Annual report on the working of the mental hospitals in the Madras Presidency - 1912-1932
Year: 1912
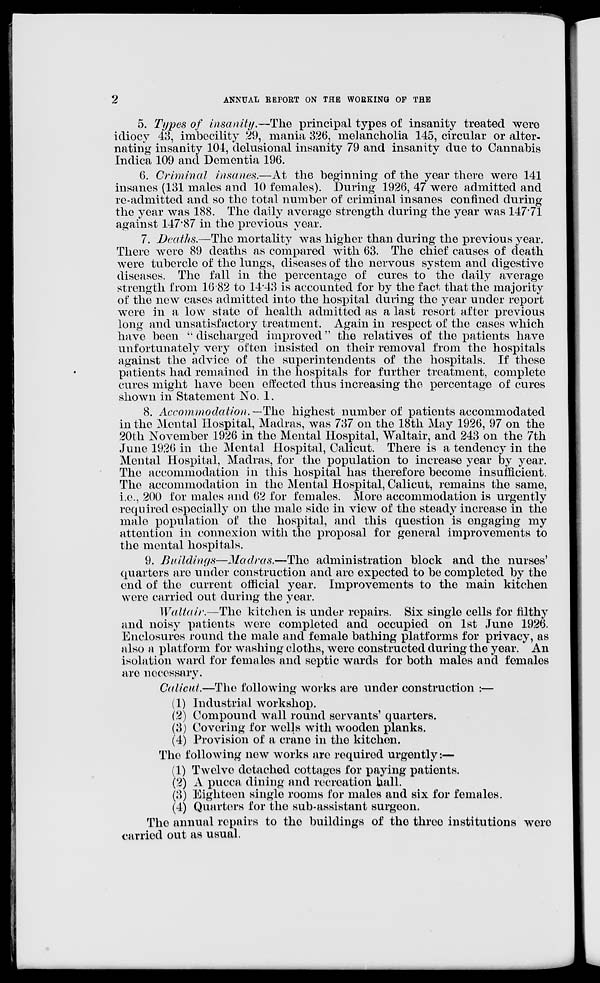
2
ANNUAL REPORT ON THE WORKING OF THE
5. Types of insanity.—The principal types of insanity treated were
idiocy 43, imbecility 29, mania 326, melancholia 145, circular or alter-
nating insanity 104, delusional insanity 79 and insanity due to Cannabis
Indica 109 and Dementia 196.
6. Criminal insanes.—At the beginning of the year there were 141
insanes (131 males and 10 females). During 1926, 47 were admitted and
re-admitted and so the total number of criminal insanes confined during
the year was 188. The daily average strength during the year was 147.71
against 147.87 in the previous year.
7. Deaths.—The mortality was higher than during the previous year.
There were 89 deaths as compared with 63. The chief causes of death
were tubercle of the lungs, diseases of the nervous system and digestive
diseases. The fall in the percentage of cures to the daily average
strength from 16.82 to 14.43 is accounted for by the fact that the majority
of the new cases admitted into the hospital during the year under report
were in a low state of health admitted as a last resort after previous
long and unsatisfactory treatment. Again in respect of the cases which
have been " discharged improved" the relatives of the patients have
unfortunately very often insisted on their removal from the hospitals
against the advice of the superintendents of the hospitals. If these
patients had remained in the hospitals for further treatment, complete
cures might have been effected thus increasing the percentage of cures
shown in Statement No. 1.
8. Accommodation. —The highest number of patients accommodated
in the Mental Hospital, Madras, was 737 on the 18th May 1926, 97 on the
20th November 1926 in the Mental Hospital, Waltair, and 243 on the 7th
June 1926 in the Mental Hospital, Calicut. There is a tendency in the
Mental Hospital, Madras, for the population to increase year by year.
The accommodation in this hospital has therefore become insufficient.
The accommodation in the Mental Hospital, Calicut, remains the same,
i.e., 200 for males and 62 for females. More accommodation is urgently
required especially on the male side in view of the steady increase in the
male population of the hospital, and this question is engaging my
attention in connexion with the proposal for general improvements to
the mental hospitals.
9. Buildings—Madras.—The
administration block and the nurses'
quarters are under construction and are expected to be completed by the
end of the current official year. Improvements to the main kitchen
were carried out during the year.
Waltair.—The kitchen is under repairs. Six single cells for filthy
and noisy patients were completed and occupied on 1st June 1926.
Enclosures round the male and female bathing platforms for privacy, as
also a platform for washing cloths, were constructed during the year. An
isolation ward for females and septic wards for both males and females
are necessary.
Calicut.—The following works are under construction :—
(1) Industrial workshop.
(2) Compound wall round servants' quarters.
(3) Covering for wells with wooden planks.
(4) Provision of a crane in the kitchen.
The following new works are required urgently:—
(1) Twelve detached cottages for paying patients.
(2) A pucca dining and recreation hall.
(3) Eighteen single rooms for males and six for females.
(4) Quarters for the sub-assistant surgeon.
The annual repairs to the buildings of the three institutions were
carried out as usual.